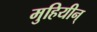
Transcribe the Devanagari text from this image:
मुहियीन्